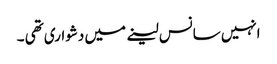
انہیں سانس لینے میں دشواری تھی ۔